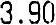
3.90